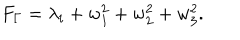
LaTeX: F _ { \Gamma } = \lambda _ { i } + w _ { 1 } ^ { 2 } + w _ { 2 } ^ { 2 } + w _ { 3 } ^ { 2 } .